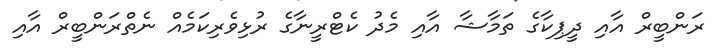
ރަންބީރް އާއި ދީޕިކާގެ ތަމާޝާ އާއި މެދު ކެޓްރީނާގެ ރުޅިވެރިކަމެއް ނެތްރަންބީރް އާއި